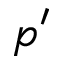
p ^ { \prime }